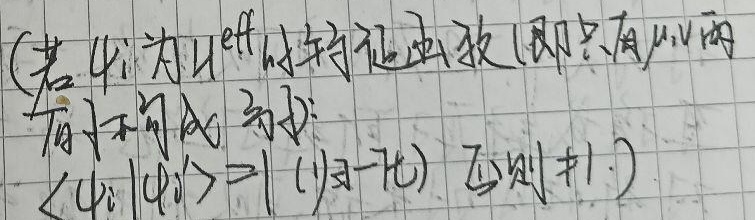
(若$\psi_{\text{i}}$为$\hat{H}^{\text{eff}}$的特征函数（即只有$\mu,\nu$两原子可成为$\nu$），$\langle\psi_{\text{i}}|\psi_{\text{i}}\rangle = 1$ ($i = -k$)，否则$\neq1$.)